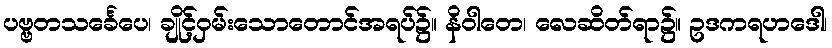
ပဗ္ဗတသင်္ခေပေ၊ ချိုင့်ဝှမ်းသောတောင်အရပ်၌။ နိဝါတေ၊ လေဆိတ်ရာ၌။ ဥဒကရဟဒေါ၊